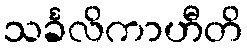
သင်္ခလိကာဟီတိ